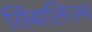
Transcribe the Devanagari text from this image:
सिंबालिज्म